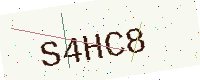
Text: S4HC8